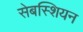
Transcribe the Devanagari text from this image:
सेबस्शियन